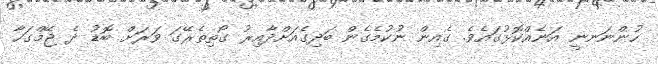
ހުންނަނނީ އަނެއްކޮޅުގައެވެ. ގެއިން ނުކުމެގެން ބަދިގެއަށްދާއިރު ގޯތިތެރޭގަ ވަރަށް ބޮޑު ދެ ޖޭމްގަހާ